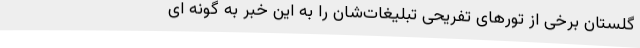
گلستان برخی از تورهای تفریحی تبلیغات‌شان را به این خبر به گونه ای